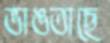
ভাঙতাছে